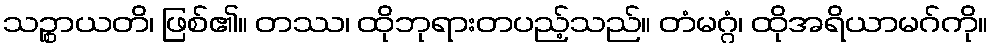
သဉ္စာယတိ၊ ဖြစ်၏။ တဿ၊ ထိုဘုရားတပည့်သည်။ တံမဂ္ဂံ၊ ထိုအရိယာမဂ်ကို။